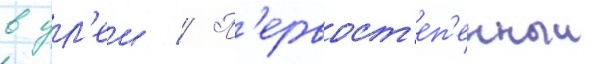
в ул'еи // П'ервост'еп'енныи